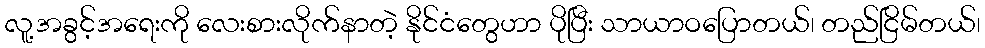
လူ့အခွင့်အရေးကို လေးစားလိုက်နာတဲ့ နိုင်ငံတွေဟာ ပိုပြီး သာယာဝပြောတယ်၊ တည်ငြိမ်တယ်၊